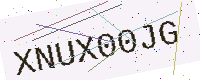
Text: XNUX00JG